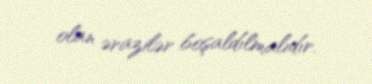
olan ərazilər boşaldılmalıdır.